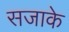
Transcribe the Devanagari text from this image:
सजाके